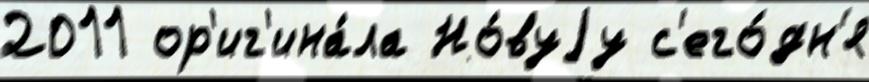
2011 ор'иг'ина́ла Но́вуjу с'его́дн'я